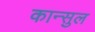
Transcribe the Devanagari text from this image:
कान्सुल